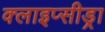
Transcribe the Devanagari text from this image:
क्लाइप्सीड्रा